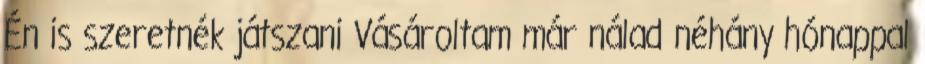
Én is szeretnék játszani Vásároltam már nálad néhány hónappal